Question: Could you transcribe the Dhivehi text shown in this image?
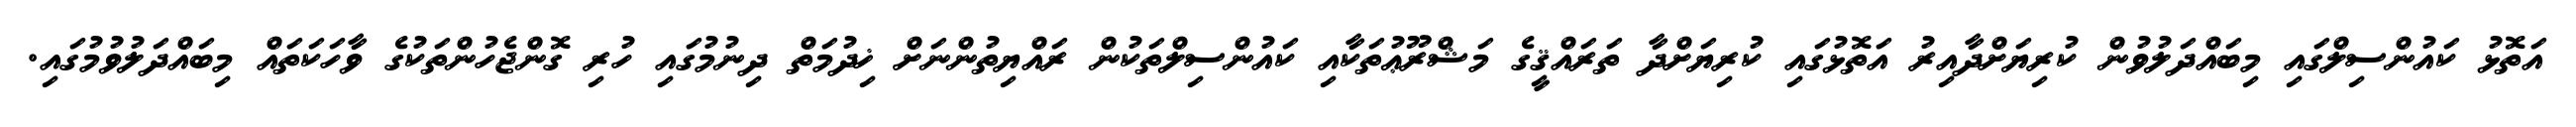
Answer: އަތޮޅު ކައުންސިލްގައި މިބައްދަލުވުން ކުރިޔަށްދާއިރު އަތޮޅުގައި ކުރިޔަށްދާ ތަރައްޤީގެ މަޝްރޫޢުތަކާއި ކައުންސިލްތަކުން ރައްޔިތުންނަށް ޚިދުމަތް ދިނުމުގައި ހުރި ގޮންޖެހުންތަކުގެ ވާހަކަތައް މިބައްދަލުވުމުގައި.